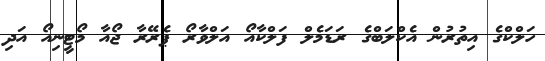
ހަލްކްގެ އިތުރުން އެކްލަބްގެ ރަޑަމެލް ފަލްކާއޯ އަލްވާރޯ ޕެރޭރާ ޖޯއާ މޯޓީނިއޯ އަދި